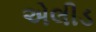
એલીડ